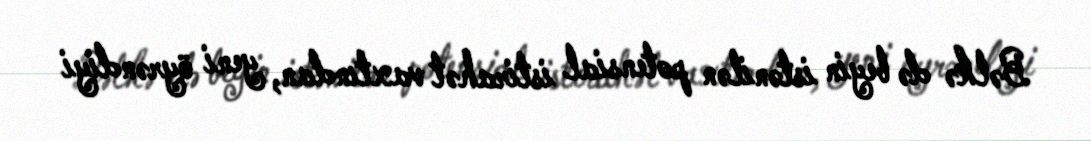
Bəlkə də beyin istənilən potensial istirahət vaxtından, yeni öyrəndiyi